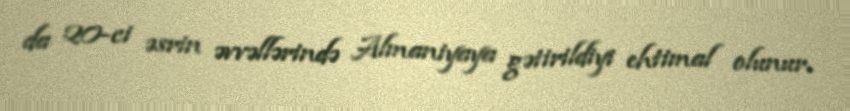
da 20-ci əsrin əvvəllərində Almaniyaya gətirildiyi ehtimal olunur.